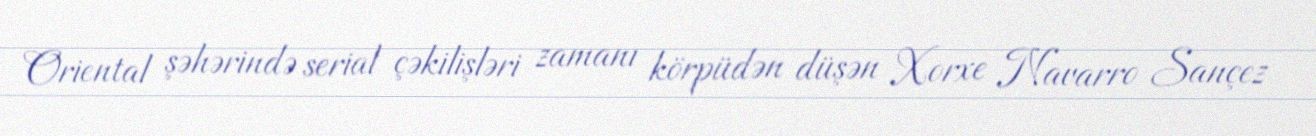
Oriental şəhərində serial çəkilişləri zamanı körpüdən düşən Xorxe Navarro Sançez